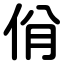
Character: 佾